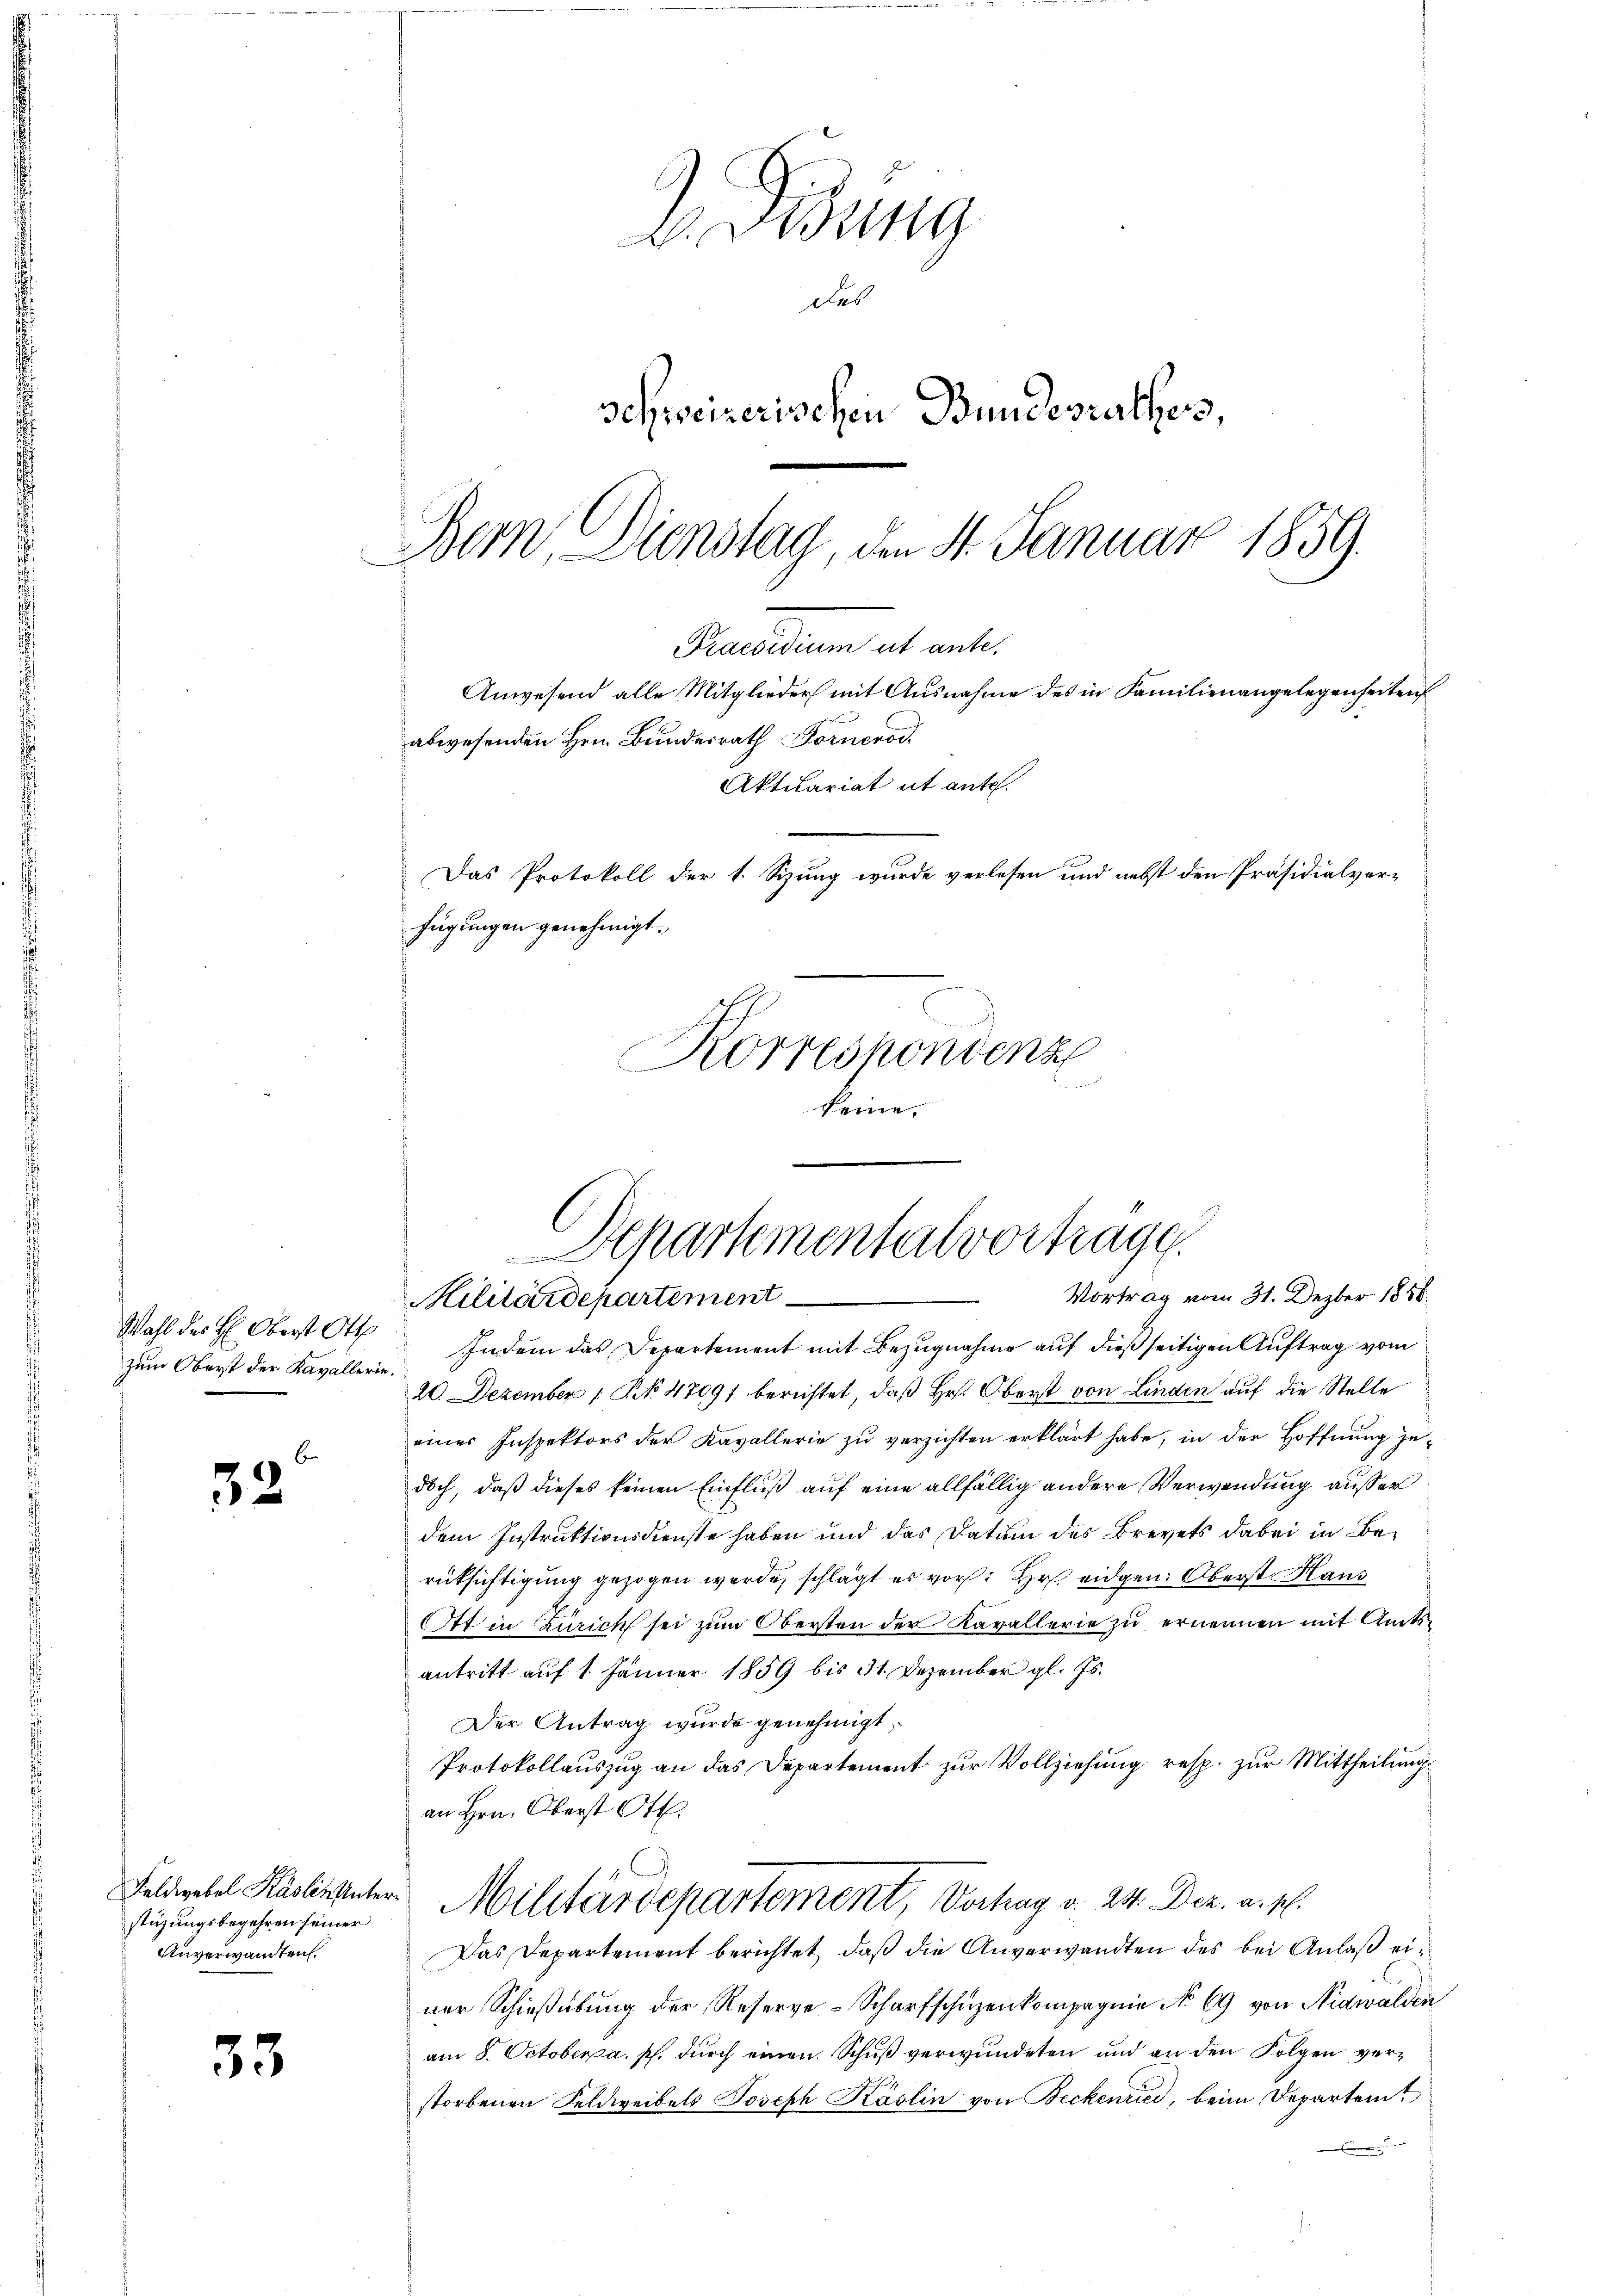
6
32

33

zum Oberst der Kavallerie.

stüzungsbegehren seiner
Anverwandten.

IDisung
des
Schweizerischen Bundesrathess,
Bern, Dienstag, den 4. Januar 1859.

Korrespondenz
keine.

Wahl des H: Oberst Ott Indem das Departement mit Bezŭgnahme auf dießseitigen Auftrag vom
20. Dezember 1. No. 47091 berichtet, daß Hr. Oberst von Linden auf die Stelle
eines Inspektors der Kavallerie zu verzichten erklärt habe, in der Hoffnung jedoch, daß dieses keinen Einfluß auf eine allfällig andere Verwendung ausser
dem Instruktionsdienste haben und das Datum des Brevets dabei in Berüksichtigung gezogen werde, schlägt es vor: Hr. eidgen. Oberst Haus
Ott in Zürich sei zum Obersten der Kavallerie zu ernennen mit Amtsantritt auf 1. Jänner 1859 bis 31. Dezember gl. Js.
Der Antrag wurde genehmigt.
Protokollaŭszŭg an das Departement zŭr Vollziehŭng resp. zŭr Mittheilŭng
an Hrn. Oberst Ott.
Feldwebel Käslinunter Militärdepartement, Verhag v. 24. Dez. a. p.
Das Departement berichtet, daβ die Anverwandten des bei Anlaß einer Schießübung der Reserve-Scharfschüzenkompagnie No 69 von Nidwalden
am 8. Octobera. p. durch einen Schuß verwundeten und an den Folgen verstorbenen Feldweibels Joseph Käslin von Beckenried, beim Departem

Praesidium ab ante.
Anwesend alle Mitglieder mit Ausnahme des in Familienangelegenheiten
abwesenden Hrn. Bundesrath Fornerod
Aktuariat it ante.
Das Protokoll der 1. Sizung wurde verlesen und nebst den Präsidialverfügungen genehmigt.

Departementalvortrage
Vortrag vom 31. Dezber 1888
Militärdepartement